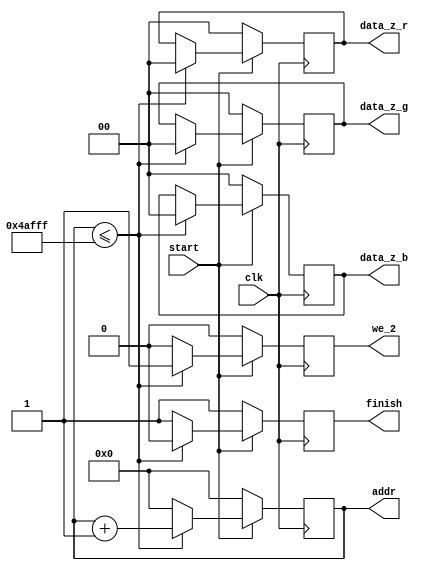
module mem_clear ( clk, start, addr, data_z_r, data_z_g, data_z_b, finish, we_2 );
input start, clk ;
output  [18:0] addr ;
output reg [1:0] data_z_r, data_z_g, data_z_b ;
output  finish, we_2 ;

reg [18:0] addr=0;
reg finish=1;
reg we_2 =0;

always@( posedge clk)
begin
		if (start) 
			begin
				if (addr <= 307199)
					begin
					we_2 = 1 ;
					data_z_r =2'b00; data_z_g =2'b00;  data_z_b =2'b00;
					addr = addr + 1 ;
					finish = 0 ;
					end
				else 
					begin
					finish = 1 ;
					we_2 = 0 ;
					addr =0; 
					end	
			end
		else
			begin
			addr = 0 ;
			data_z_r =2'b00; data_z_g =2'b00;  data_z_b =2'b00;
			we_2 = 0 ;
			finish = 1 ;
			end	
end
endmodule